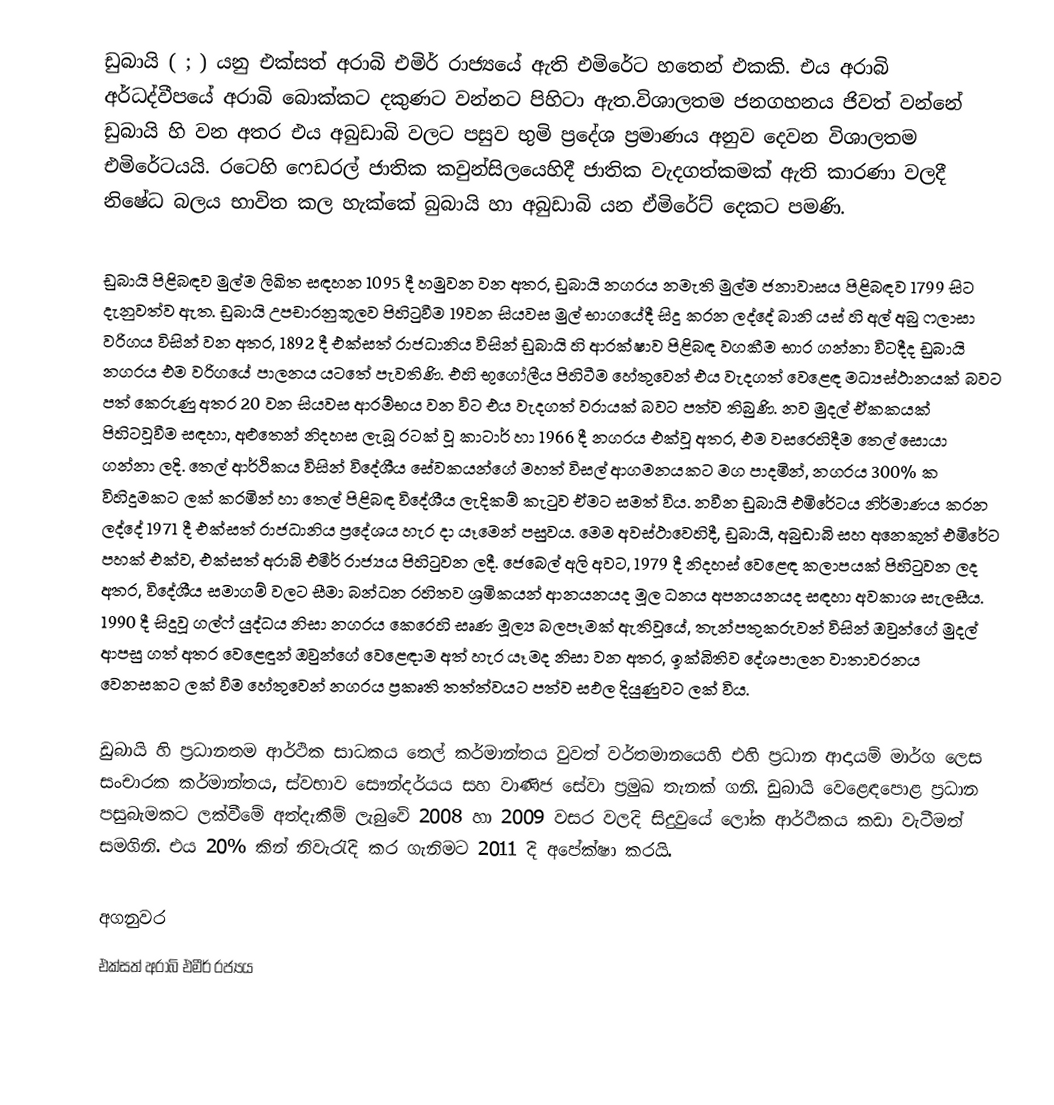
ඩුබායි ( ; )  යනු එක්සත් අරාබි එමිර් රාජ්‍යයේ ඇති එමිරේට හතෙන් එකකි. එය අරාබි අර්ධද්වීපයේ   අරාබි බොක්කට දකුණට වන්නට පිහිටා ඇත.විශාලතම ජනගහනය ජිවත් වන්නේ ඩුබායි හි  වන අතර එය අබුඩාබි වලට පසුව භුමි ප්‍රදේශ ප්‍රමාණය අනුව දෙවන විශාලතම එමිරේටයයි. රටෙහි  ෆෙඩරල් ජාතික කවුන්සිලයෙහිදී ජාතික වැදගත්කමක් ඇති කාරණා වලදී නිෂේධ බලය භාවිත කල හැක්කේ බුබායි හා අබුඩාබි යන ඒමිරේට් දෙකට පමණි.

ඩුබායි පිළිබඳව මුල්ම ලිඛිත සඳහන 1095 දී හමුවන වන අතර, ඩුබායි නගරය නමැති මුල්ම ජනාවාසය  පිළිබඳව 1799 සිට දැනුවත්ව ඇත. ඩුබායි උපචාරනුකූලව පිහිටුවීම 19වන සියවස මුල් භාගයේදී සිදු කරන ලද්දේ බානි යස් හි අල් අබු ෆලාසා වරිගය විසින් වන අතර,  1892 දී  එක්සත් රාජධානිය  විසින් ඩුබායි හි ආරක්ෂාව පිළිබඳ වගකීම භාර ගන්නා විටදීද  ඩුබායි නගරය එම වරිගයේ පාලනය යටතේ පැවතිණි. එහි භූගෝලීය පිහිටීම හේතුවෙන් එය වැදගත් වෙළෙඳ මධ්‍යස්ථානයක් බවට පත් කෙරුණු අතර 20 වන සියවස ආරම්භය වන විට එය වැදගත් වරායක් බවට පත්ව තිබුණි. නව මුදල් ඒකකයක් පිහිටවූවීම සඳහා,  අළුතෙන් නිදහස ලැබූ රටක් වූ  කාටාර් හා 1966 දී  නගරය එක්වූ අතර, එම වසරෙහිදීම තෙල් සොයා ගන්නා ලදි. තෙල් ආර්ථිකය විසින් විදේශීය සේවකයන්ගේ මහත් විසල්  ආගමනයකට මග පාදමින්, නගරය 300% ක විහිදුමකට ලක් කරමින් හා තෙල්  පිළිබඳ විදේශීය ලැදිකම් කැටුව ඒමට සමත් විය. නවීන ඩුබායි එමිරේටය නිර්මාණය කරන ලද්දේ  1971 දී එක්සත් රාජධානිය ප්‍රදේශය හැර දා යෑමෙන් පසුවය. මෙම අවස්ථාවෙහිදී, ඩුබායි,  අබුඩාබි සහ අනෙකුත් එමිරේට පහක් එක්ව, එක්සත් අරාබි එමීර් රාජ්‍යය පිහිටුවන ලදී. ජෙබෙල් අලි අවට, 1979 දී  නිදහස් වෙළෙඳ කලාපයක් පිහිටුවන ලද අතර, විදේශීය සමාගම් වලට සීමා බන්ධන රහිතව ශ්‍රමිකයන් ආනයනයද මූල ධනය අපනයනයද සඳහා අවකාශ සැලසීය. 1990 දී සිදුවූ  ගල්ෆ් යුද්ධය නිසා නගරය කෙරෙහි සෘණ මූල්‍ය බලපෑමක් ඇතිවූයේ, තැන්පතුකරුවන් විසින් ඔවුන්ගේ මුදල්  ආපසු ගත් අතර වෙළෙඳුන් ඔවුන්ගේ වෙළෙඳාම අත් හැර යෑමද නිසා වන අතර, ඉක්බිතිව දේශපාලන වාතාවරනය වෙනසකට ලක් වීම හේතුවෙන්  නගරය ප්‍රකෘති  තත්ත්වයට පත්ව සඵල දියුණුවට ලක් විය.

ඩුබායි හි ප්‍රධානතම ආර්ථික සාධකය‍ තෙල් කර්මාන්තය වුවත් වර්තමානයෙහි එහි ප්‍රධාන ආදායම් මාර්ග ලෙස සංචාරක කර්මාන්තය, ස්වභාව සෞන්දර්යය සහ වාණිජ සේවා ප්‍රමුඛ තැනක් ගනි. ඩුබායි වෙළෙඳපොළ ප්‍රධාන පසුබැමකට ලක්වීමේ අත්දැකීම් ලැබුවේ 2008 හා 2009 වසර වලදි සිදුවුයේ ලෝක ආර්ථිකය කඩා වැටීමත් සමගිනි. එය 20% කින් නිවැරැදි කර ගැනිමට 2011 දි අපේක්ෂා කරයි.

අගනුවර
එක්සත් අරාබි එමීර් රජ්‍යය